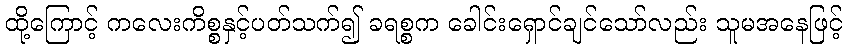
ထို့ကြောင့် ကလေးကိစ္စနှင့်ပတ်သက်၍ ခရစ္စက ခေါင်းရှောင်ချင်သော်လည်း သူမအနေဖြင့်